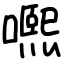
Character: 𡁱